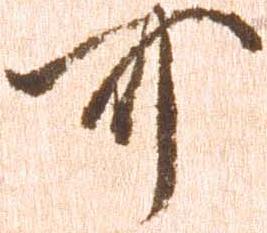
可